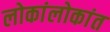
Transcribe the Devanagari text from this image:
लोकांलोकांत